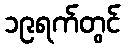
၁၉ရက်တွင်